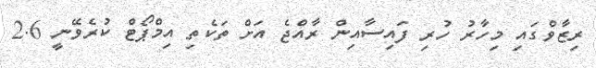
ރިޒާވްގައި މިހާރު ހުރި ފައިސާއިން ރާއްޖެ އަށް ތަކެތި އިމްޕޯޓް ކުރެވޭނީ 2.6